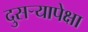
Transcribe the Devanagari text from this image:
दुसऱ्यापेक्षा